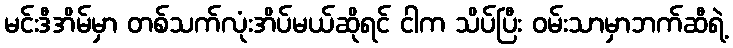
မင်းဒီအိမ်မှာ တစ်သက်လုံးအိပ်မယ်ဆိုရင် ငါက သိပ်ပြီး ဝမ်းသာမှာဘက်ဆီရဲ့